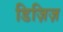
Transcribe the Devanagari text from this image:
डिज़िज़